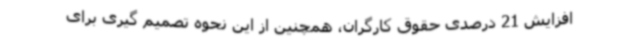
افزایش 21 درصدی حقوق کارگران، همچنین از این نحوه تصمیم گیری برای